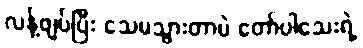
လန့်ဖျပ်ပြီး သေမသွားတာပဲ တော်ပါသေးရဲ့